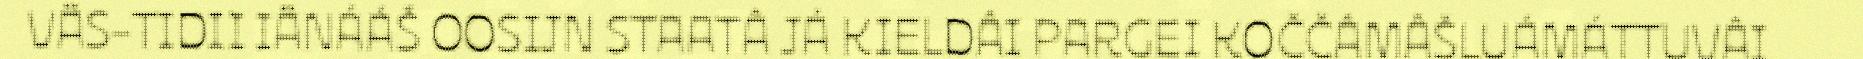
VÄS-TIDII IÄNÁÁŠ OOSIJN STAATÂ JÁ KIELDÂI PARGEI KOČČÂMÂŠLUÁMÁTTUVÂI